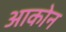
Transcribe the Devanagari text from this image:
आकोन